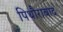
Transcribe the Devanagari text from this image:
पिथौराबाद